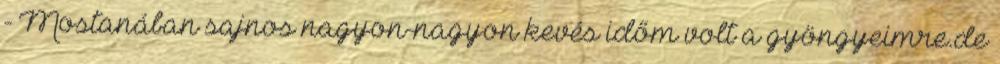
- Mostanában sajnos nagyon-nagyon kevés időm volt a gyöngyeimre.de